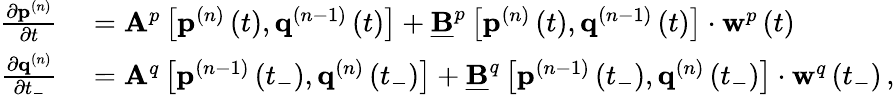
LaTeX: \begin{array}{rl}{\frac{\partial\mathbf{p}^{(n)}}{\partial t}}&{{}=\mathbf{A}^{p}\left[\mathbf{p}^{(n)}\left(t\right),\mathbf{q}^{(n-1)}\left(t\right)\right]+\underline{{\mathbf{B}}}^{p}\left[\mathbf{p}^{(n)}\left(t\right),\mathbf{q}^{(n-1)}\left(t\right)\right]\cdot\mathbf{w}^{p}\left(t\right)\, }\\ {\frac{\partial\mathbf{q}^{(n)}}{\partial t_{-}}}&{{}=\mathbf{A}^{q}\left[\mathbf{p}^{(n-1)}\left(t_{-}\right),\mathbf{q}^{(n)}\left(t_{-}\right)\right]+\underline{{\mathbf{B}}}^{q}\left[\mathbf{p}^{(n-1)}\left(t_{-}\right),\mathbf{q}^{(n)}\left(t_{-}\right)\right]\cdot\mathbf{w}^{q}\left(t_{-}\right)\, ,}\end{array}